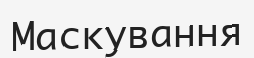
Маскування